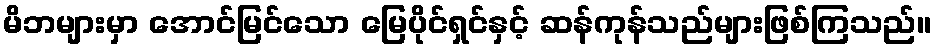
မိဘများမှာ အောင်မြင်သော မြေပိုင်ရှင်နှင့် ဆန်ကုန်သည်များဖြစ်ကြသည်။